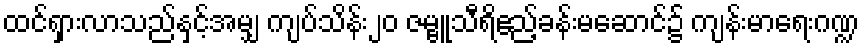
ထင်ရှားလာသည်နှင့်အမျှ ကျပ်သိန်း၂၀ ဇမ္ဗူသီရိဧည့်ခန်းမဆောင်၌ ကျန်းမာရေးဂဏ္ဍ